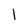
Character: 1